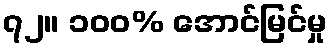
၇၂။ ၁၀၀% အောင်မြင်မှု